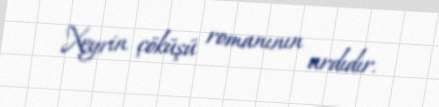
Xeyrin çöküşü romanının ardıdır.